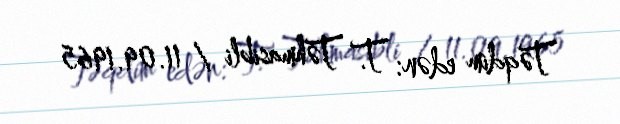
Təqdim edən: T. Təhmasibli / 11.09.1965